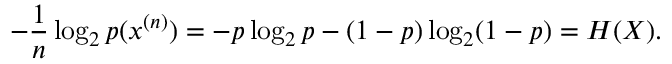
- { \frac { 1 } { n } } \log _ { 2 } p ( x ^ { ( n ) } ) = - p \log _ { 2 } p - ( 1 - p ) \log _ { 2 } ( 1 - p ) = H ( X ) .